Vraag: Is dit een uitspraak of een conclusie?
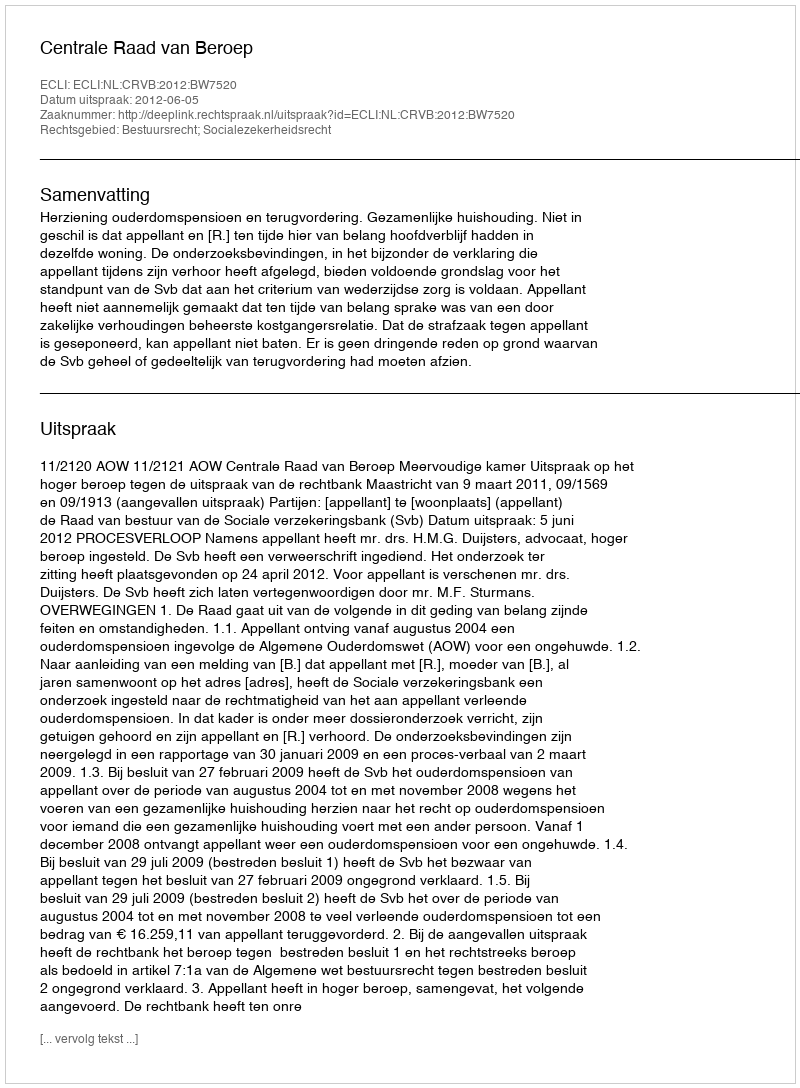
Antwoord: Uitspraak